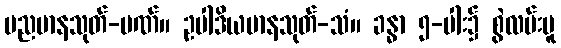
မညမာနသုတ်-ပဏ်။ ဥပါဒိယမာနသုတ်-သံ။ ခန္ဓာ ၅-ပါး၌ စွဲလမ်းမူ